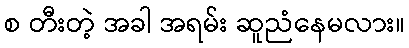
စ တီးတဲ့ အခါ အရမ်း ဆူညံနေမလား။